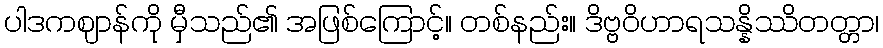
ပါဒကဈာန်ကို မှီသည်၏ အဖြစ်ကြောင့်။ တစ်နည်း။ ဒိဗ္ဗဝိဟာရသန္နိဿိတတ္တာ၊